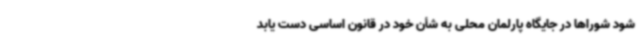
شود شوراها در جایگاه پارلمان محلی به شأن خود در قانون اساسی دست یابد